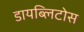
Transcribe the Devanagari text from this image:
डायब्लिटोस